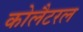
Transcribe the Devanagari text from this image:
कोलैटरल